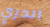
اندري